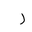
Letter: _ra